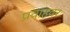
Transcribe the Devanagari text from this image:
प्रवाहवर